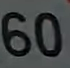
60